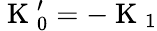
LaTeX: \mathrm{~K~}_{0}^{\prime}=-\mathrm{~K~}_{1}